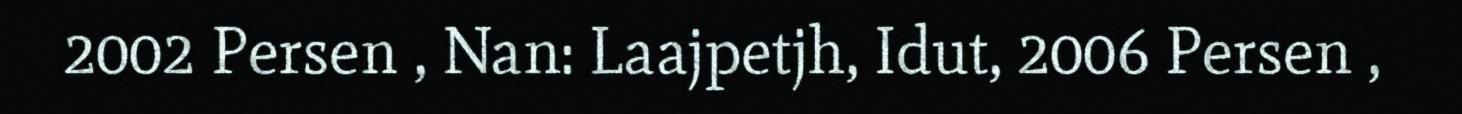
2002 Persen , Nan: Laajpetjh, Idut, 2006 Persen ,